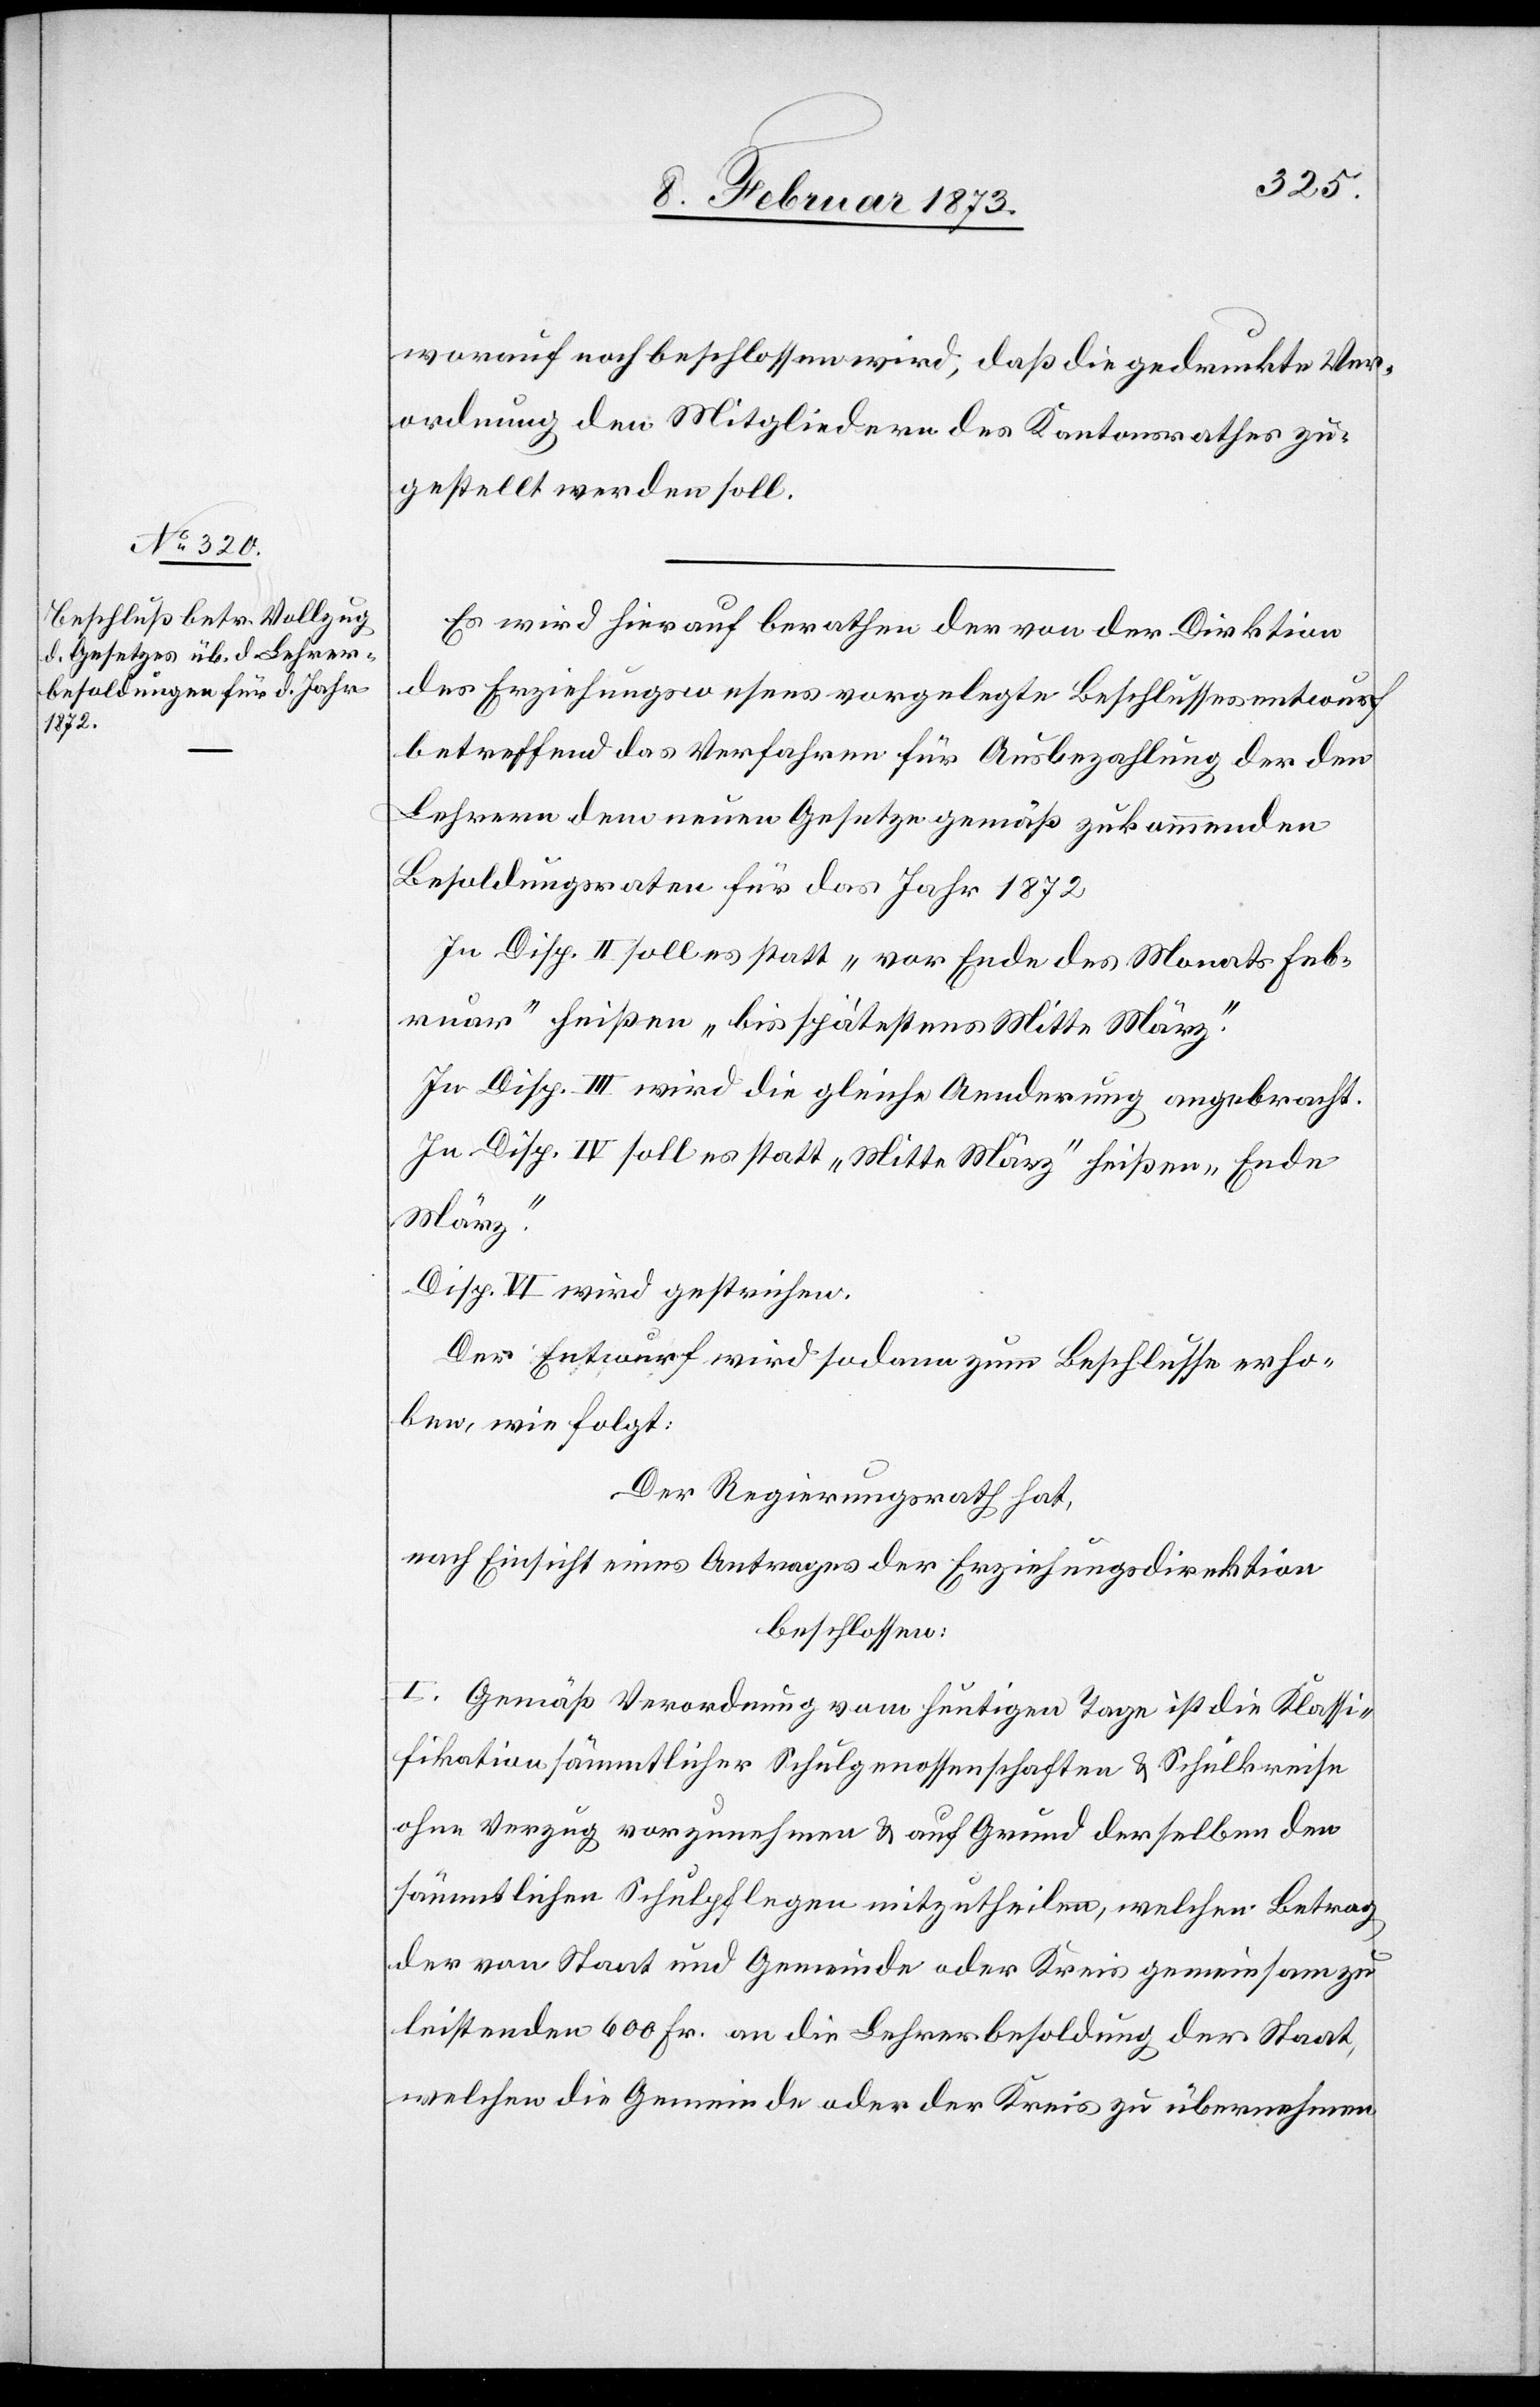
worauf noch beschlossen wird, daß die gedruckte Ver¬
ordnung den Mitgliedern des Kantonsrathes zu¬
gestellt werden soll.
Es wird hierauf berathen der von der Direktion
des Erziehungswesens vorgelegte Beschlussesentwurf
betreffend das Verfahren für Ausbezahlung der den
Lehrern dem neuen Gesetze gemäß zukommenden
Besoldungsraten für das Jahr 1872
In Disp. II. soll es statt „vor Ende des Monats Feb¬
ruar“ heißen „bis spätestens Mitte März.“
In Disp. III. wird die gleiche Aenderung angebracht.
In Disp. IV. soll es statt „Mitte März“ heißen „Ende
März.“
Disp. VI wird gestrichen.
Der Entwurf wird sodann zum Beschlusse erho¬
ben, wie folgt:
Der Regierungsrath hat,
nach Einsicht eines Antrages der Erziehungsdirektion
beschlossen:
I. Gemäß Verordnung vom heutigen Tage ist die Klassi¬
fikation sämmtlicher Schulgenossenschaften u. Schulkreise
ohne Verzug vorzunehmen u. auf Grund derselben den
sämmtlichen Schulpflegen mitzutheilen, welchen Betrag
der von Staat und Gemeinde oder Kreis gemeinsam zu
leistenden 600 Fr. an die Lehrerbesoldung der Staat,
welchen die Gemeinde oder der Kreis zu übernehmen